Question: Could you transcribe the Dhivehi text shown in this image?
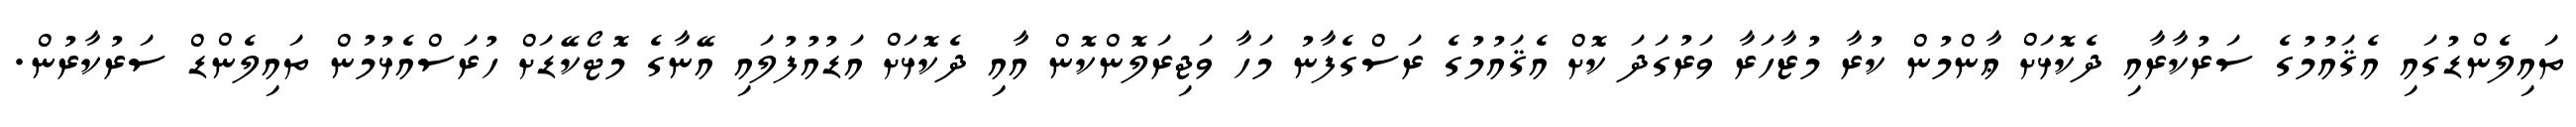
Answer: ތައިލެންޑުގައި އެޤައުމުގެ ސަރުކާރާއި ދެކޮޅަށް ޢާންމުން ކުރާ މުޒާހަރާ ވަރުގަދަ ކޮށް އެޤައުމުގެ ރަސްގެފާނު މަހާ ވަޖިރަލޮންކޮން އާއި ދެކޮޅަށް އަޑުއުފުލައި އޭނާގެ މޮޓޯކޭޑަށް ހުރަސްއެޅުމުން ތައިލެންޑް ސަރުކާރުން.